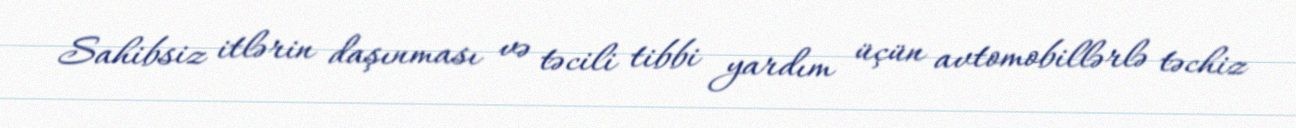
Sahibsiz itlərin daşınması və təcili tibbi yardım üçün avtomobillərlə təchiz